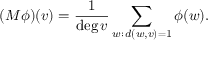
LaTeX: ( M \phi ) ( v ) = { \frac { 1 } { \deg v } } \sum _ { w : \, d ( w , v ) = 1 } \phi ( w ) .